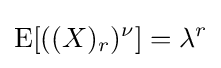
\operatorname {E} [((X)_{r})^{\nu }]=\lambda ^{r}